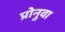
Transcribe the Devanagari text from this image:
प्रोनुवा